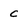
Character: C